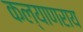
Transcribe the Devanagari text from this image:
कल्याणराय